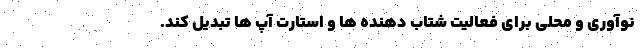
نوآوری و محلی برای فعالیت شتاب دهنده ها و استارت آپ ها تبدیل کند.